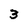
Character: 3